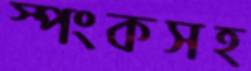
স্পংকসহ